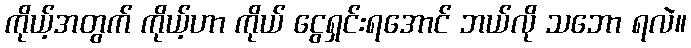
ကိုယ့်အတွက် ကိုယ့်ဟာ ကိုယ် ငွေရှင်းရအောင် ဘယ်လို သဘော ရလဲ။